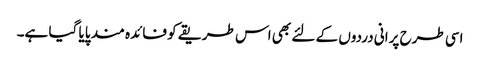
اسی طرح پرانی دردوں کے لئے بھی اس طریقے کو فائدہ مند پایا گیا ہے۔